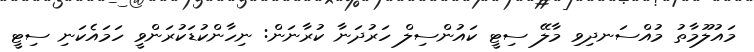
މައުލޫމާތު މުއްސަނދިވި މާލޭ ސިޓީ ކައުންސިލް ހަރުދަނާ ކުރާނަން: ނިހާންކުޑަކުރަންވީ ހަމައެކަނި ސިޓީ